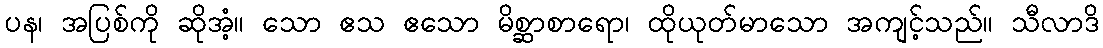
ပန၊ အပြစ်ကို ဆိုအံ့။ သော ဧသ ဧသော မိစ္ဆာစာရော၊ ထိုယုတ်မာသော အကျင့်သည်။ သီလာဒိ